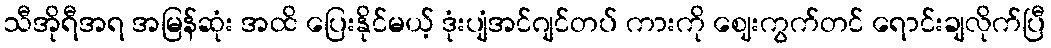
သီအိုရီအရ အမြန်ဆုံး အထိ ပြေးနိုင်မယ့် ဒုံးပျံအင်ဂျင်တပ် ကားကို ဈေးကွက်တင် ရောင်းချလိုက်ပြီ